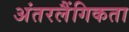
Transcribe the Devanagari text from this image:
अंतरलैंगिकता